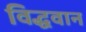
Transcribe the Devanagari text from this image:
विद्धवान